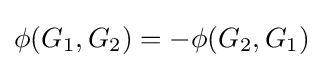
\phi (G_{1},G_{2})=-\phi (G_{2},G_{1})